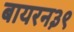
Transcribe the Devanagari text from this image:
बायरन३९